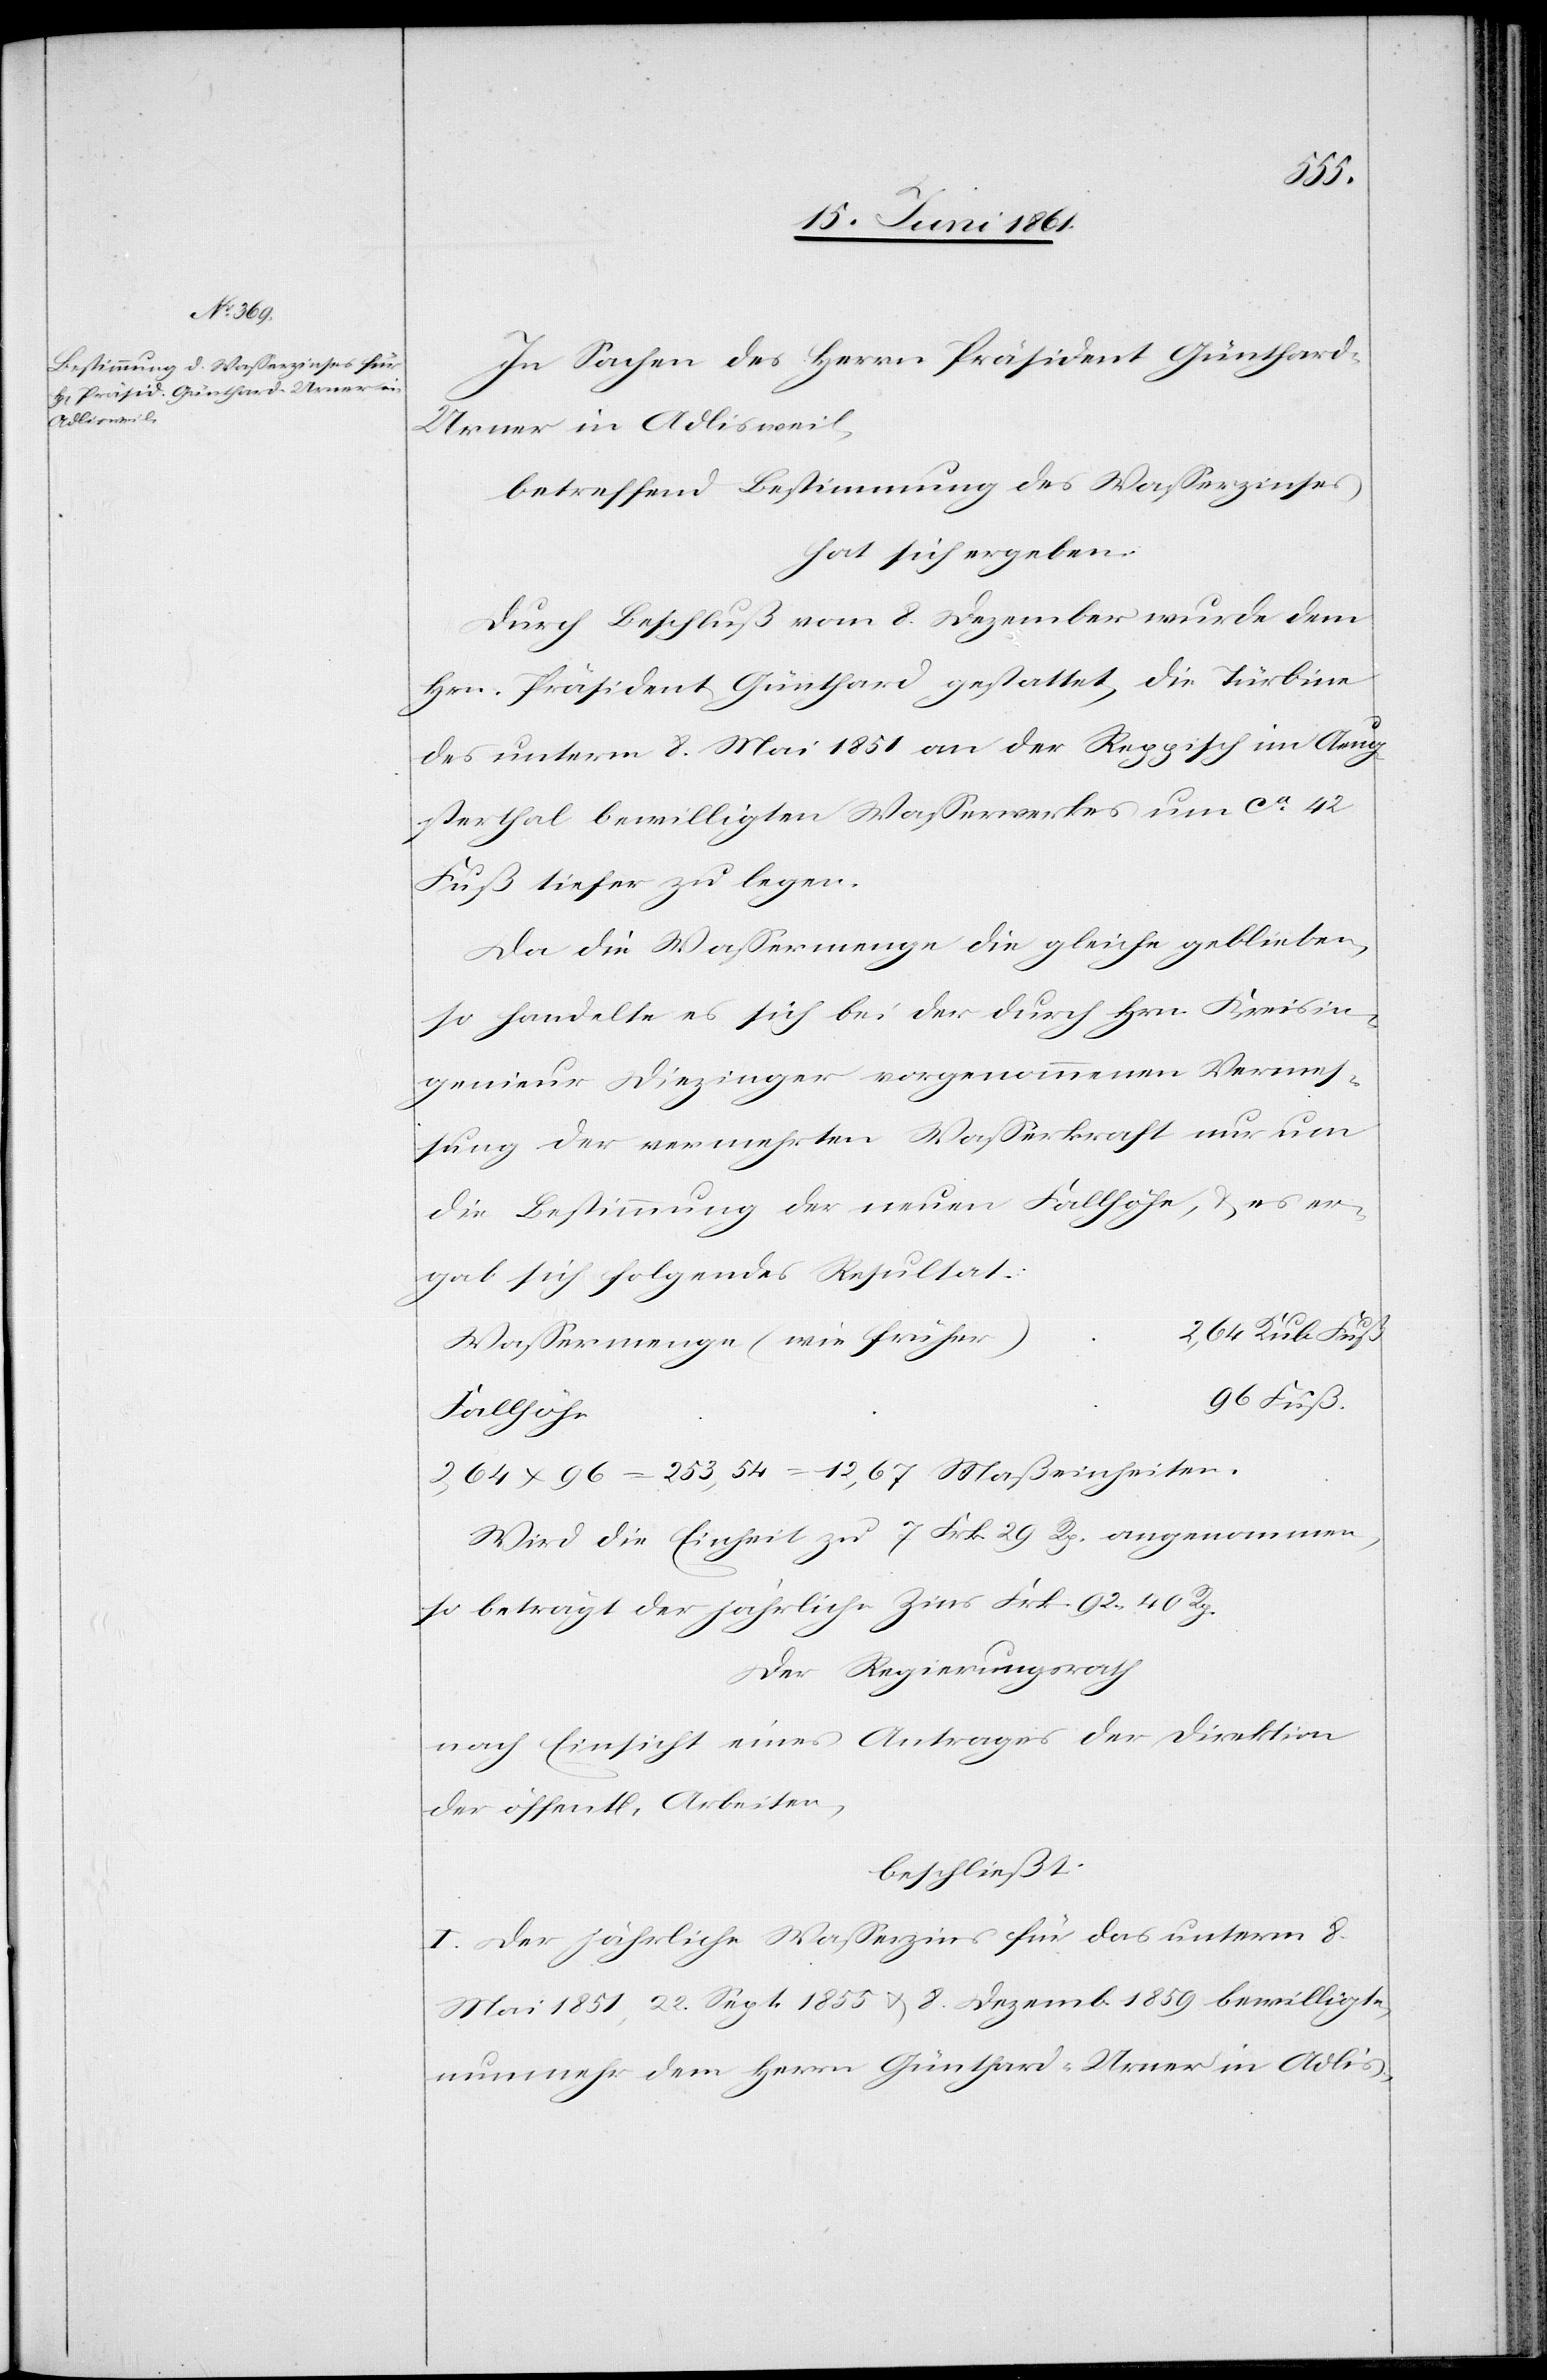
Fuß.
In Sachen des Herrn Präsident Günthard-U¬
rner in Adlisweil,
betreffend Bestimmung des Wasserzinses
hat sich ergeben:
Durch Beschluß vom 8. Dezember wurde dem
Hrn. Präsident Günthard gestattet, die Turbine
des unterm 8. Mai 1851 an der Repisch im Aeug¬
sterthal bewilligten Wasserwerkes um ca 42
Fuß tiefer zu legen.
Da die Wassermenge die gleiche geblieben,
so handelte es sich bei der durch Hrn. Kreisin¬
genieur Diezinger vorgenommenen Vermes¬
sung der vermehrten Wasserkraft nur um
die Bestimmung der neuen Fallhöhe, u. es er¬
gab sich folgendes Resultat
r)	2,64 Kub. Fuß
Wassermenge (wie frühe¬
2,64 x 96 = 253,54 = 12,67 Maßeinheiten.
Wird die Einheit zu 7 Frk. 29 Rp. angenommen,
so beträgt der jährliche Zins Frk. 92 40 Rp.
Der Regierungsrath
nach Einsicht eines Antrages der Direktion
der öffent[lichen] Arbeiten,
beschließt:
I. Der jährliche Wasserzins für das unterm 8.
Mai 1851, 22. Sept. 1855 u. 8. Dezemb. 1859 bewilligte,
nunmehr dem Herrn Günthard-Urner in Adlis-